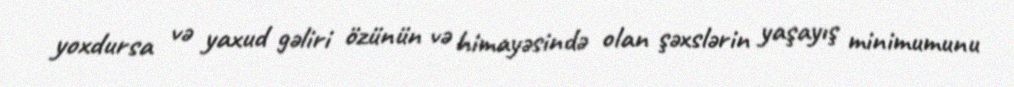
yoxdursa və yaxud gəliri özünün və himayəsində olan şəxslərin yaşayış minimumunu